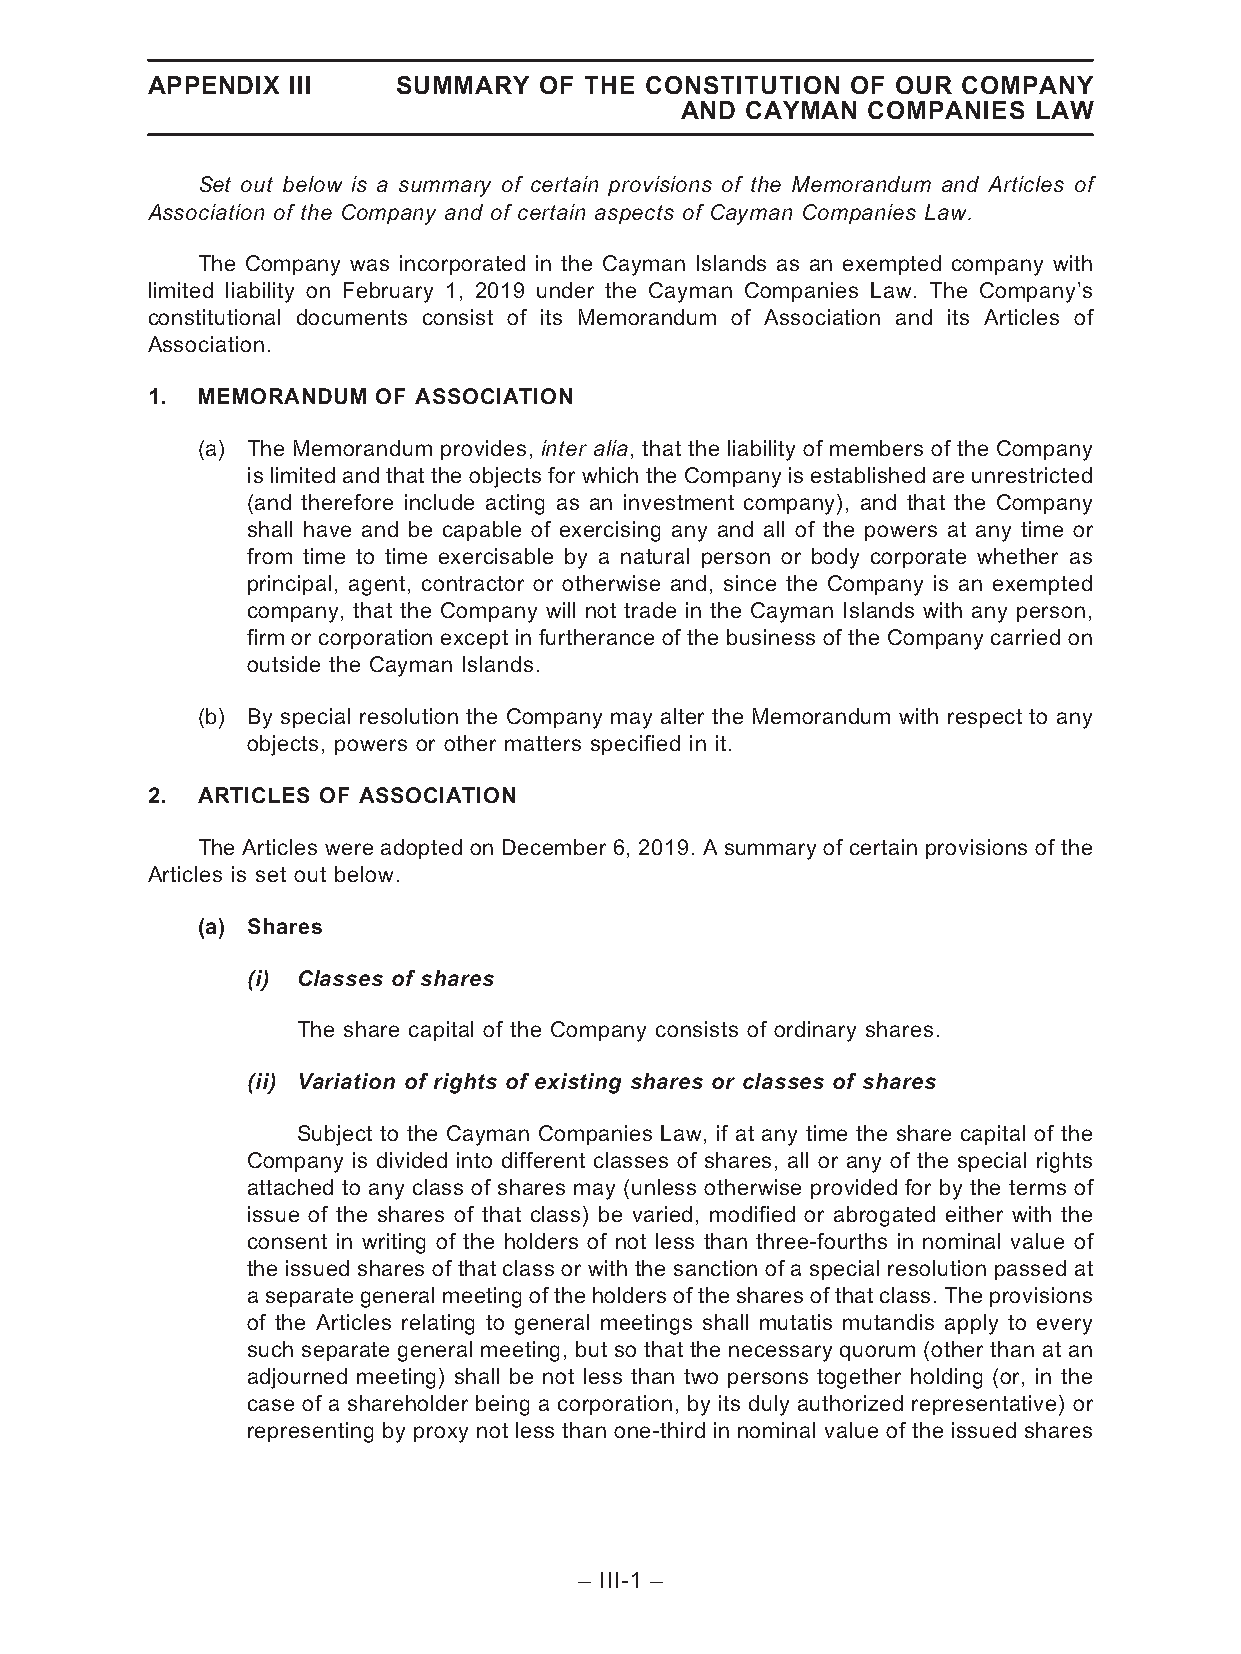
APPENDIX III    SUMMARY   OF THE CONSTITUTION OF OUR  COMPANY
 AND CAYMAN  COMPANIES  LAW
 Set out below is a summary of certain provisions of the Memorandum and Articles of
 Association of the Company and of certain aspects of Cayman Companies Law.
 The Company was incorporated in the Cayman Islands as an exempted company with
 limited liability on February 1, 2019 under the Cayman Companies Law. The Company’s
 constitutional documents consist of its Memorandum of Association and its Articles of
 Association.
 1. MEMORANDUM  OF ASSOCIATION
 (a) The Memorandum provides, inter alia, that the liability of members of the Company
 is limited and that the objects for which the Company is established are unrestricted
 (and therefore include acting as an investment company), and that the Company
 shall have and be capable of exercising any and all of the powers at any time or
 from time to time exercisable by a natural person or body corporate whether as
 principal, agent, contractor or otherwise and, since the Company is an exempted
 company, that the Company will not trade in the Cayman Islands with any person,
 firm or corporation except in furtherance of the business of the Company carried on
 outside the Cayman Islands.
 (b) By special resolution the Company may alter the Memorandum with respect to any
 objects, powers or other matters specified in it.
 2. ARTICLES OF ASSOCIATION
 The Articles were adopted on December 6, 2019. A summary of certain provisions of the
 Articles is set out below.
 (a) Shares
 (i) Classes of shares
 The share capital of the Company consists of ordinary shares.
 (ii) Variation of rights of existing shares or classes of shares
 Subject to the Cayman Companies Law, if at any time the share capital of the
 Company is divided into different classes of shares, all or any of the special rights
 attached to any class of shares may (unless otherwise provided for by the terms of
 issue of the shares of that class) be varied, modified or abrogated either with the
 consent in writing of the holders of not less than three-fourths in nominal value of
 the issued shares of that class or with the sanction of a special resolution passed at
 aseparategeneralmeetingoftheholdersofthesharesofthatclass.Theprovisions
 of the Articles relating to general meetings shall mutatis mutandis apply to every
 such separate general meeting, but so that the necessary quorum (other than at an
 adjourned meeting) shall be not less than two persons together holding (or, in the
 case of a shareholder being a corporation, by its duly authorized representative) or
 representing by proxy not less than one-third in nominal value of the issued shares
 – III-1 –